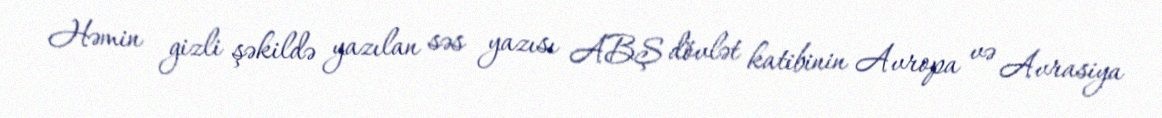
Həmin gizli şəkildə yazılan səs yazısı ABŞ dövlət katibinin Avropa və Avrasiya